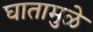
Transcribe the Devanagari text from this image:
घातामुळे